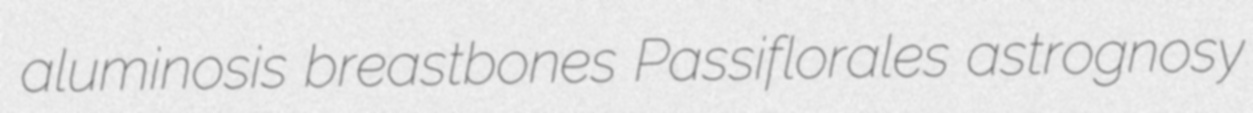
aluminosis breastbones Passiflorales astrognosy